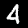
Label: 4